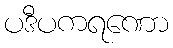
ပဒီပကရဏော